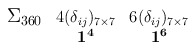
\begin{align*}\begin{array}{ccc}{\bf \mbox{\large $\Sigma_{360}$}}&\mbox{\normalsize ${4 (\delta_{ij})_{7 \times 7}}$}&\mbox{\normalsize ${6 (\delta_{ij})_{7 \times 7}}$}\\&{\bf 1^{4}}&{\bf 1^{6}}\\\end{array}\end{align*}